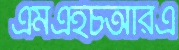
এমএইচআরএ